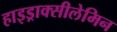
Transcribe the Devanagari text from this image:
हाइड्राक्सीलेमिन